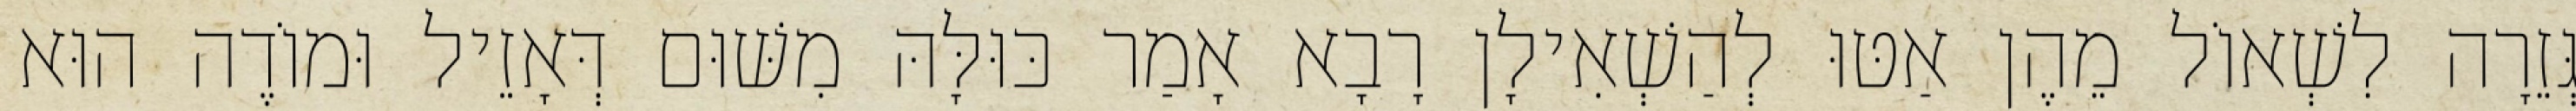
גְּזֵרָה לִשְׁאוֹל מֵהֶן אַטּוּ לְהַשְׁאִילָן רָבָא אָמַר כּוּלָּהּ מִשּׁוּם דְּאָזֵיל וּמוֹדֶה הוּא